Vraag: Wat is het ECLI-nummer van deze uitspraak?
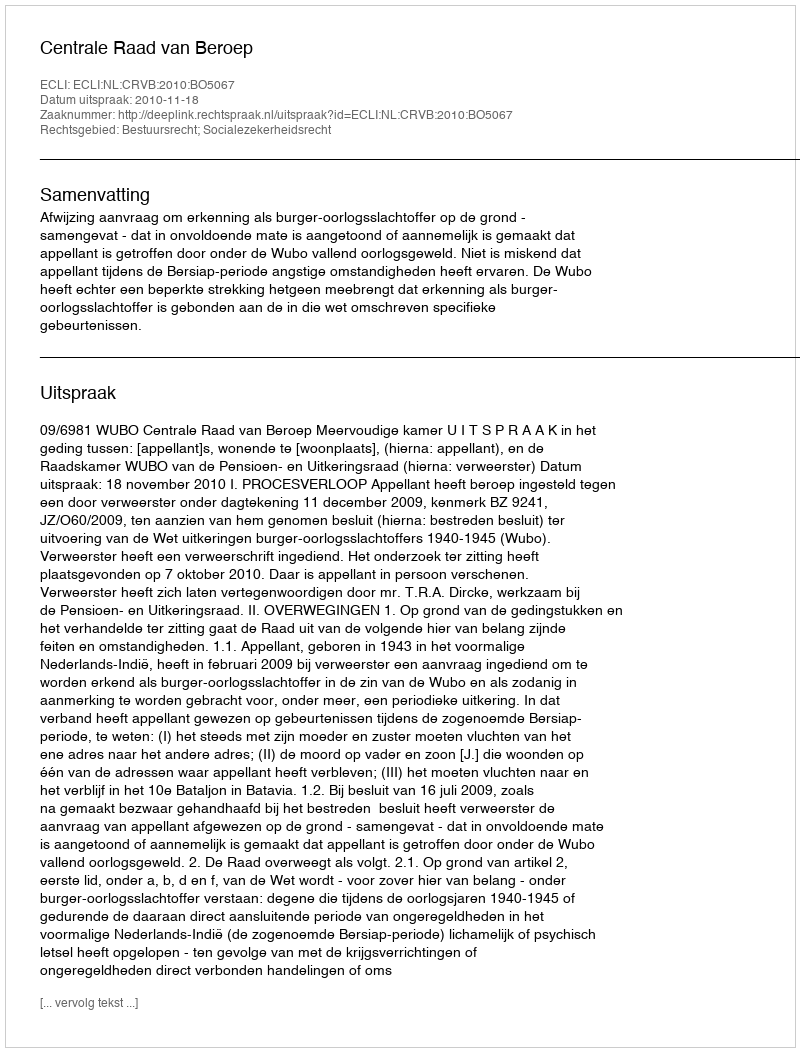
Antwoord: ECLI:NL:CRVB:2010:BO5067